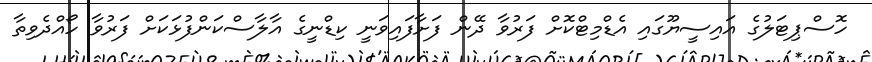
ހޮސްޕިޓަލުގެ އައިސީޔޫގައި އެޑްމިޓްކޮށް ފަރުވާ ދޭން ފަށާފައިވަނީ ކިޑްނީގެ އާލާސްކަންފުޅަކަށް ފަރުވާ ހޯއްދެވިތާ